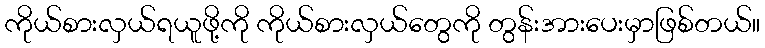
ကိုယ်စားလှယ်ရယူဖို့ကို ကိုယ်စားလှယ်တွေကို တွန်းအားပေးမှာဖြစ်တယ်။